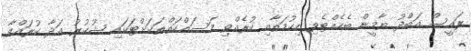
ރައީސް އަބްދު ޔާމީން ބެހެއްޓެވި ހިކުމަތާއި ކުރެއްވި މަސައްކަތްތަކަށްޓަކައި ޝުކުރު އަދާ ކުރައްވާ